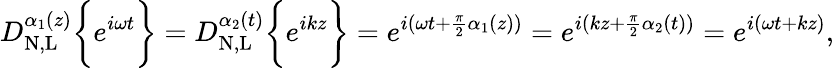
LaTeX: D_{\mathrm{N,L}}^{\alpha_{1}(z)}\bigg\{ {e^{i\omega t}\bigg\} }=D_{\mathrm{N,L}}^{\alpha_{2}(t)}\bigg\{ {e^{ikz}\bigg\} }=e^{i(\omega t+\frac{\pi}{2}\alpha_{1}(z))}=e^{i(kz+\frac{\pi}{2}\alpha_{2}(t))}=e^{i(\omega t+kz)},